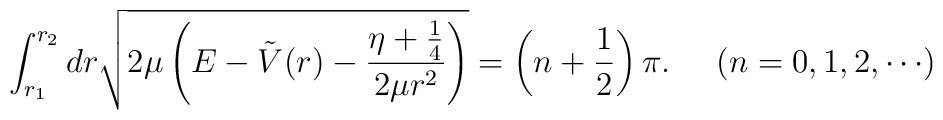
\int_{r_{1}}^{r_{2}} dr \sqrt{ 2\mu \left( E - \tilde{V}(r) -\frac{\eta+\frac{1}{4}}{2\mu r^{2}} \right) } = \left( n +\frac{1}{2} \right) \pi. \;\;\;\;\; ( n = 0, 1, 2, \cdots )